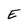
Character: E